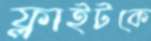
ফ্লাইটকে